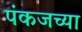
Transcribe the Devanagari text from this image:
पंकजच्या